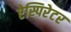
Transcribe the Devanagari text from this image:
ऐस्पिरेटर